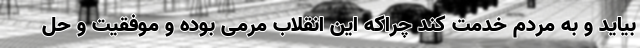
بیاید و به مردم خدمت کند چراکه این انقلاب مرمی بوده و موفقیت و حل